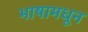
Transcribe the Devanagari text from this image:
भाषामधून